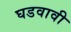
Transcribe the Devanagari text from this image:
घडवावी